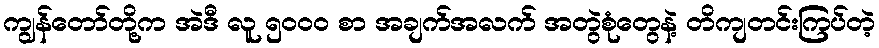
ကျွန်တော်တို့က အဲဒီ လူ ၅၀၀၀ စာ အချက်အလက် အတွဲစုံတွေနဲ့ တိကျတင်းကြပ်တဲ့